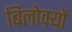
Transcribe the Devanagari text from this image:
बिलोक्यों